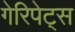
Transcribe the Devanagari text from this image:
गेरिपेट्स